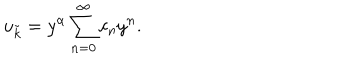
u _ { \tilde { k } } = y ^ { \alpha } \sum _ { n = 0 } ^ { \infty } c _ { n } y ^ { n } .